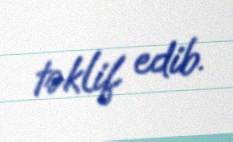
təklif edib.